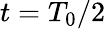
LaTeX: t=T_{0}/2